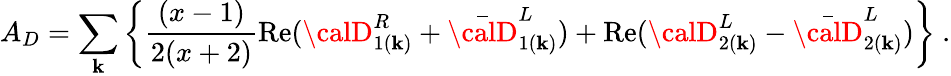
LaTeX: A_{D}=\sum_{\mathbf{k}}\left\{ \frac{{(x-1)}}{{2(x+2)}}\mathrm{{Re}}({\calD}_{1(\mathbf{k})}^{R}+{\bar{{\calD}}}_{1(\mathbf{k})}^{L})+\mathrm{{Re}}({\calD}_{2(\mathbf{k})}^{L}-{\bar{{\calD}}}_{2(\mathbf{k})}^{L})\right\} ~.